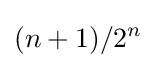
(n+1)/2^{n}